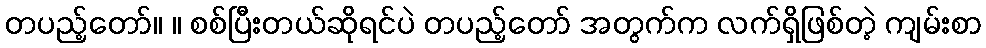
တပည့်တော်။ ။ စစ်ပြီးတယ်ဆိုရင်ပဲ တပည့်တော် အတွက်က လက်ရှိဖြစ်တဲ့ ကျမ်းစာ